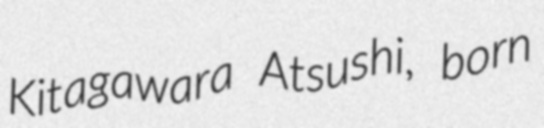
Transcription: Kitagawara Atsushi, born